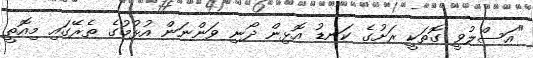
"އަސްލުވީ ގޮތަކީ ރަށުގެ ކަނޑު އޮޅިން ދޯނި ވަންނަން އުޅުމުގެ ތެރޭގައި މިއޮތީ